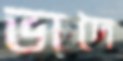
ভাদৈ